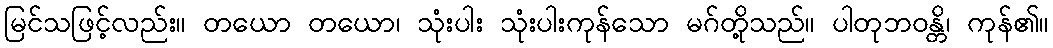
မြင်သဖြင့်လည်း။ တယော တယော၊ သုံးပါး သုံးပါးကုန်သော မဂ်တို့သည်။ ပါတုဘဝန္တိ၊ ကုန်၏။